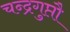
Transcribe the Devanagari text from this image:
चन्द्रगुप्तौ